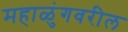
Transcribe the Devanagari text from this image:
महाळुंगवरील